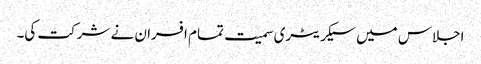
اجلاس میں سیکریٹری سمیت تمام افسران نے شرکت کی۔